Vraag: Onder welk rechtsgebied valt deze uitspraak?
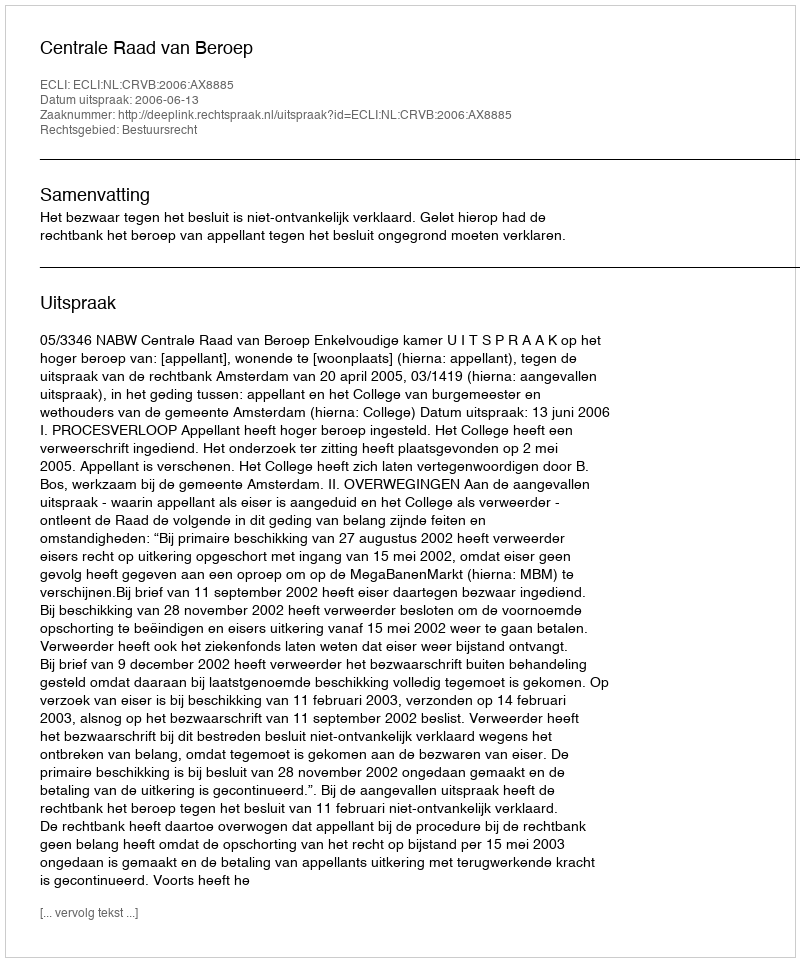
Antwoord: Bestuursrecht